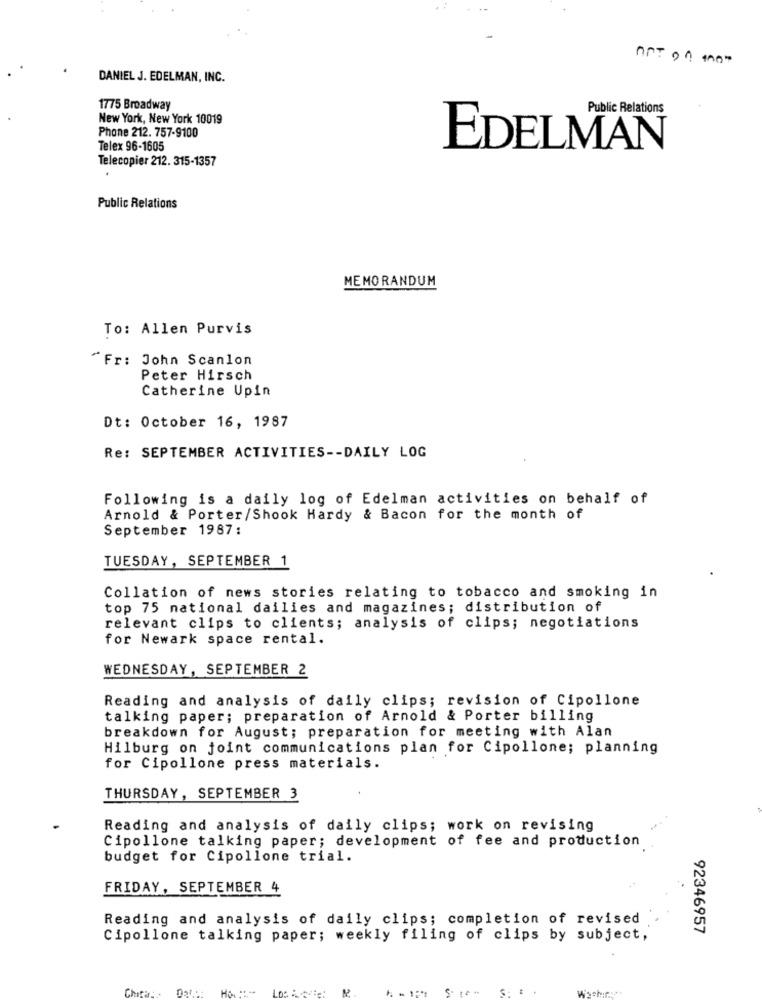
not on mot
DANIEL J. EDELMAN, INC.
1775 Broadway
Public Relations
New York, New York 10019
Phone 212. 757-9100
Telex 96-1605
EDELMAN
Telecopier 212. 315-1357
Public Relations
MEMORANDUM
To: Allen Purvis
"Fr: John Scanlon
Peter Hirsch
Catherine Upin
Dt: October 16, 1987
Re: SEPTEMBER ACTIVITIES -- DAILY LOG
Following is a daily log of Edelman activities on behalf of
Arnold & Porter/Shook Hardy & Bacon for the month of
September 1987:
TUESDAY, SEPTEMBER 1
Collation of news stories relating to tobacco and smoking in
top 75 national dailies and magazines; distribution of
relevant clips to clients; analysis of clips; negotiations
for Newark space rental.
WEDNESDAY, SEPTEMBER 2
Reading and analysis of daily clips; revision of Cipollone
talking paper; preparation of Arnold & Porter billing
breakdown for August; preparation for meeting with Alan
Hilburg on joint communications plan for Cipollone; planning
for Cipollone press materials.
THURSDAY, SEPTEMBER 3
Reading and analysis of daily clips; work on revising
Cipollone talking paper; development of fee and production
budget for Cipollone trial.
FRIDAY, SEPTEMBER 4
Reading and analysis of daily clips; completion of revised
92346957
Cipollone talking paper; weekly filing of clips by subject,
Chitar: